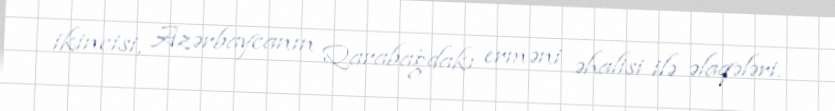
ikincisi, Azərbaycanın Qarabağdakı erməni əhalisi ilə əlaqələri.